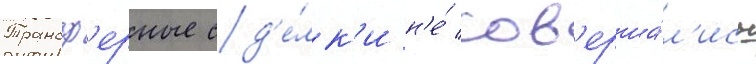
Трансф'ерные сд'е́лк'и н'е́ сов'ерша́л'ись